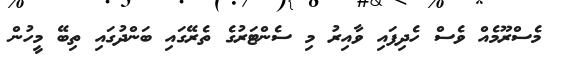
މެސްރޫމެއް ވެސް ހެދިފައި ވާއިރު މި ސެންޓަރުގެ ތެރޭގައި ބަންދުގައި ތިބޭ މީހުން